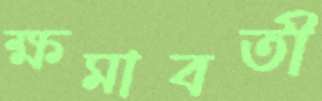
ক্ষমাবতী